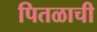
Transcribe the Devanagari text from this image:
पितळाची